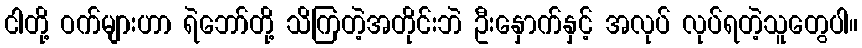
ငါတို့ ဝက်များဟာ ရဲဘော်တို့ သိကြတဲ့အတိုင်းဘဲ ဦးနှောက်နှင့် အလုပ် လုပ်ရတဲ့သူတွေပါ။